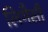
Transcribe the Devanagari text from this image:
लिगैसी